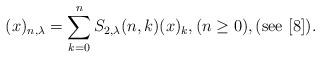
LaTeX: \begin{align*}(x)_{n,\lambda}=\sum_{k=0}^{n}S_{2,\lambda}(n,k)(x)_{k},(n\ge 0),(\mathrm{see}\ [8]).\end{align*}